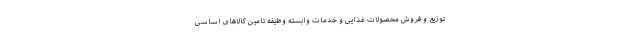
توزیع و فروش محصولات غذایی و خدمات وابسته وظیفه تامین کالاهای اساسی